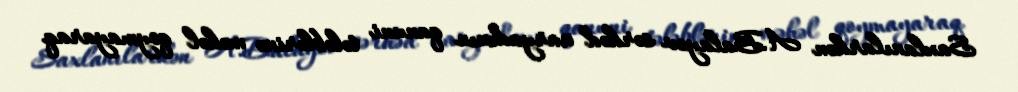
Saxlanılarkən A.Balayev sərhəd naryadının qanuni tələblərinə məhəl qoymayaraq